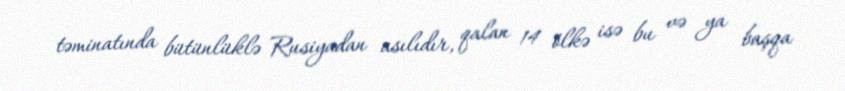
təminatında bütünlüklə Rusiyadan asılıdır, qalan 14 ölkə isə bu və ya başqa